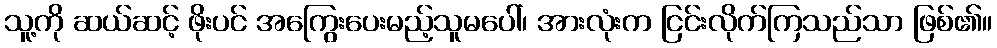
သူ့ကို ဆယ်ဆင့် ဖိုးပင် အကြွေးပေးမည့်သူမပေါ်၊ အားလုံးက ငြင်းလိုက်ကြသည်သာ ဖြစ်၏။